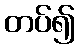
တပ်၍